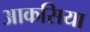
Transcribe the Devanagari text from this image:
आकसिया